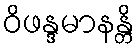
ဝိဖန္ဒမာနန္တိ